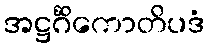
အဋ္ဌင်္ဂိကောတိပဒံ